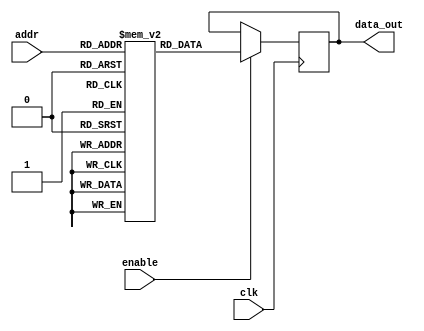
module parameterized_rom #(
    parameter ADDR_WIDTH = 4,  // Address width
    parameter DATA_WIDTH = 8   // Data width
)(
    input wire clk,             // Clock signal
    input wire [ADDR_WIDTH-1:0] addr, // Address input
    input wire enable,          // Enable signal
    output reg [DATA_WIDTH-1:0] data_out // Data output
);

    // Define the ROM storage with initial values
    reg [DATA_WIDTH-1:0] rom [(2**ADDR_WIDTH)-1:0];

    // Initialize the ROM contents
    initial begin
        // Example initialization (you can customize these values)
        rom[0] = 8'h00;
        rom[1] = 8'h01;
        rom[2] = 8'h02;
        rom[3] = 8'h03;
        rom[4] = 8'h04;
        rom[5] = 8'h05;
        rom[6] = 8'h06;
        rom[7] = 8'h07;
        // Add more initial values as needed
    end

    // Read operation
    always @(posedge clk) begin
        if (enable) begin
            data_out <= rom[addr]; // Read data from ROM
        end
    end

endmodule